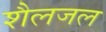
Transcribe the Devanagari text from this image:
शैलजल